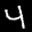
Label: 4